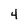
Character: 4